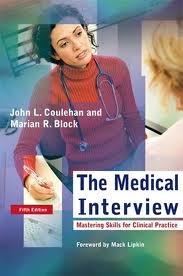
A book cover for The Medical Interview: Mastering Skills for Clinical Practice (Medical Interview) 5th (fifth) edition; John L. Coulehan; Medical Books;